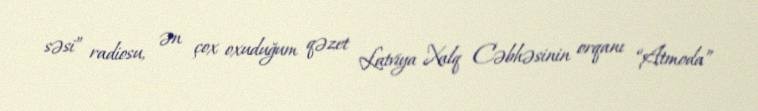
səsi” radiosu, ən çox oxuduğum qəzet Latviya Xalq Cəbhəsinin orqanı “Atmoda”